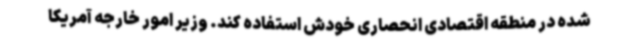
شده در منطقه اقتصادی انحصاری خودش استفاده کند. وزیر امور خارجه آمریکا